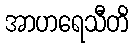
အာဟရေသီတိ